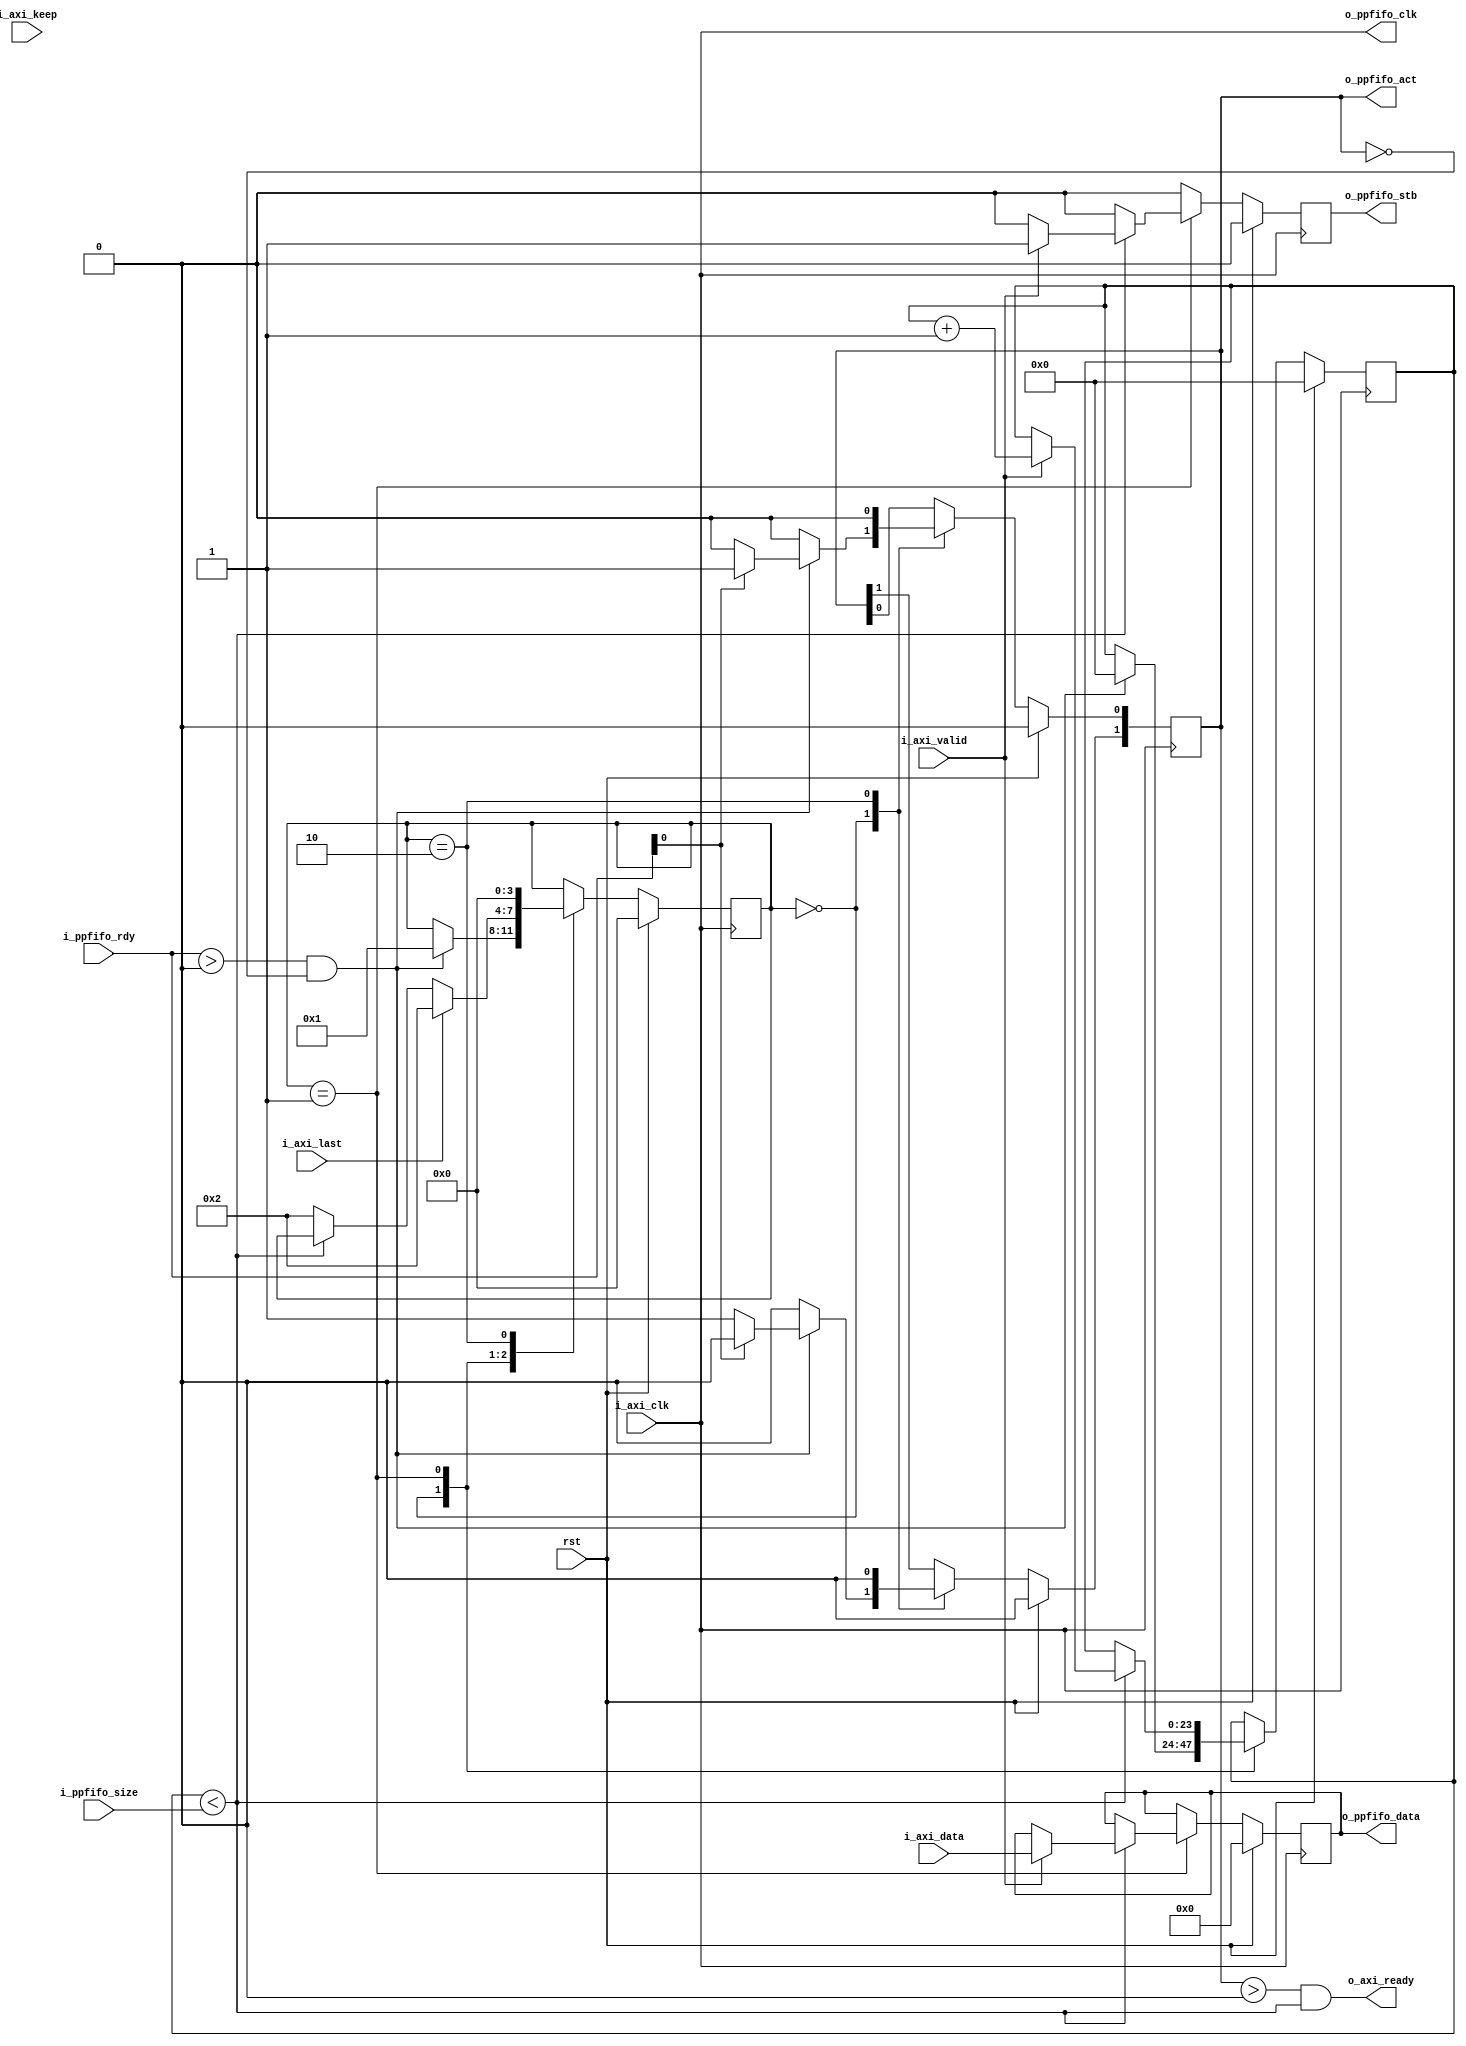
module adapter_axi_stream_2_ppfifo #(
  parameter                         DATA_WIDTH = 32,
  parameter                         STROBE_WIDTH = DATA_WIDTH / 8,
  parameter                         USE_KEEP = 0
)(
  input                             rst,
  input                             i_axi_clk,
  output                            o_axi_ready,
  input       [DATA_WIDTH - 1:0]    i_axi_data,
  input       [STROBE_WIDTH - 1:0]  i_axi_keep,
  input                             i_axi_last,
  input                             i_axi_valid,
  output                            o_ppfifo_clk,
  input       [1:0]                 i_ppfifo_rdy,
  output  reg [1:0]                 o_ppfifo_act,
  input       [23:0]                i_ppfifo_size,
  output  reg                       o_ppfifo_stb,
  output  reg [DATA_WIDTH - 1:0]    o_ppfifo_data
);
localparam      IDLE        = 0;
localparam      READY       = 1;
localparam      RELEASE     = 2;
wire                        clk;  
reg           [3:0]         state;
reg           [23:0]        r_count;
assign  o_ppfifo_clk    = i_axi_clk;
assign  clk             = i_axi_clk;
assign  o_axi_ready     = (o_ppfifo_act > 0) && (r_count < i_ppfifo_size);
always @ (posedge clk) begin
  o_ppfifo_stb              <=  0;
  if (rst) begin
    r_count                 <=  0;
    o_ppfifo_act            <=  0;
    o_ppfifo_data           <=  0;
    state                   <=  IDLE;
  end
  else begin
    case (state)
      IDLE: begin
        o_ppfifo_act        <=  0;
        if ((i_ppfifo_rdy > 0) && (o_ppfifo_act == 0)) begin
          r_count           <=  0;
          if (i_ppfifo_rdy[0]) begin
            o_ppfifo_act[0] <=  1;
          end
          else begin
            o_ppfifo_act[1] <=  1;
          end
          state             <=  READY;
        end
      end
      READY: begin
        if (r_count < i_ppfifo_size) begin
          if (i_axi_valid) begin
            o_ppfifo_stb    <=  1;
            o_ppfifo_data   <=  i_axi_data;
            r_count         <=  r_count + 1;
          end
        end
        else begin
          state             <=  RELEASE;
        end
        if (i_axi_last) begin
          state             <=  RELEASE;
        end
      end
      RELEASE: begin
        o_ppfifo_act        <=  0;
        state               <=  IDLE;
      end
      default: begin
      end
    endcase
  end
end
endmodule